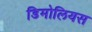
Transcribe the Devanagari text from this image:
डिमोलियस